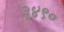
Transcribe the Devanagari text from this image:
३४९०